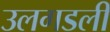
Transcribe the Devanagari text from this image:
उलगडली